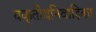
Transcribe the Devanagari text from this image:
यकृतीयनिवाहिका